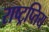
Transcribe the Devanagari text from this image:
राष्ट्रप्तिय